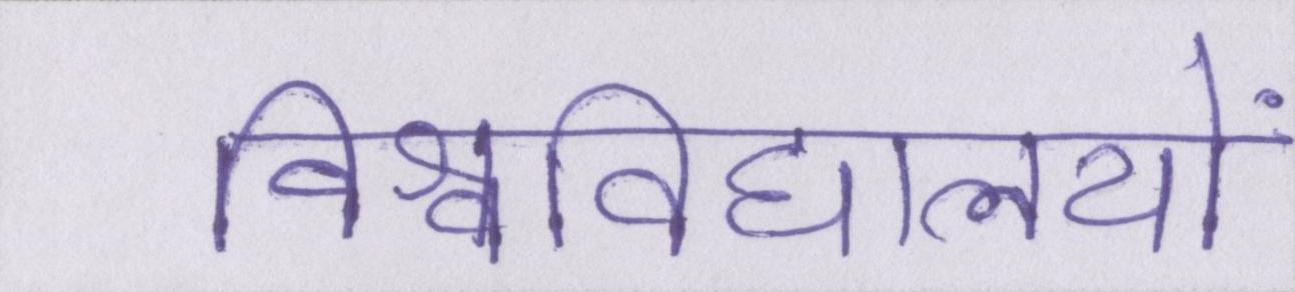
विश्वविद्यालयों